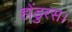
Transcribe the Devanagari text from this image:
होंडुरस।